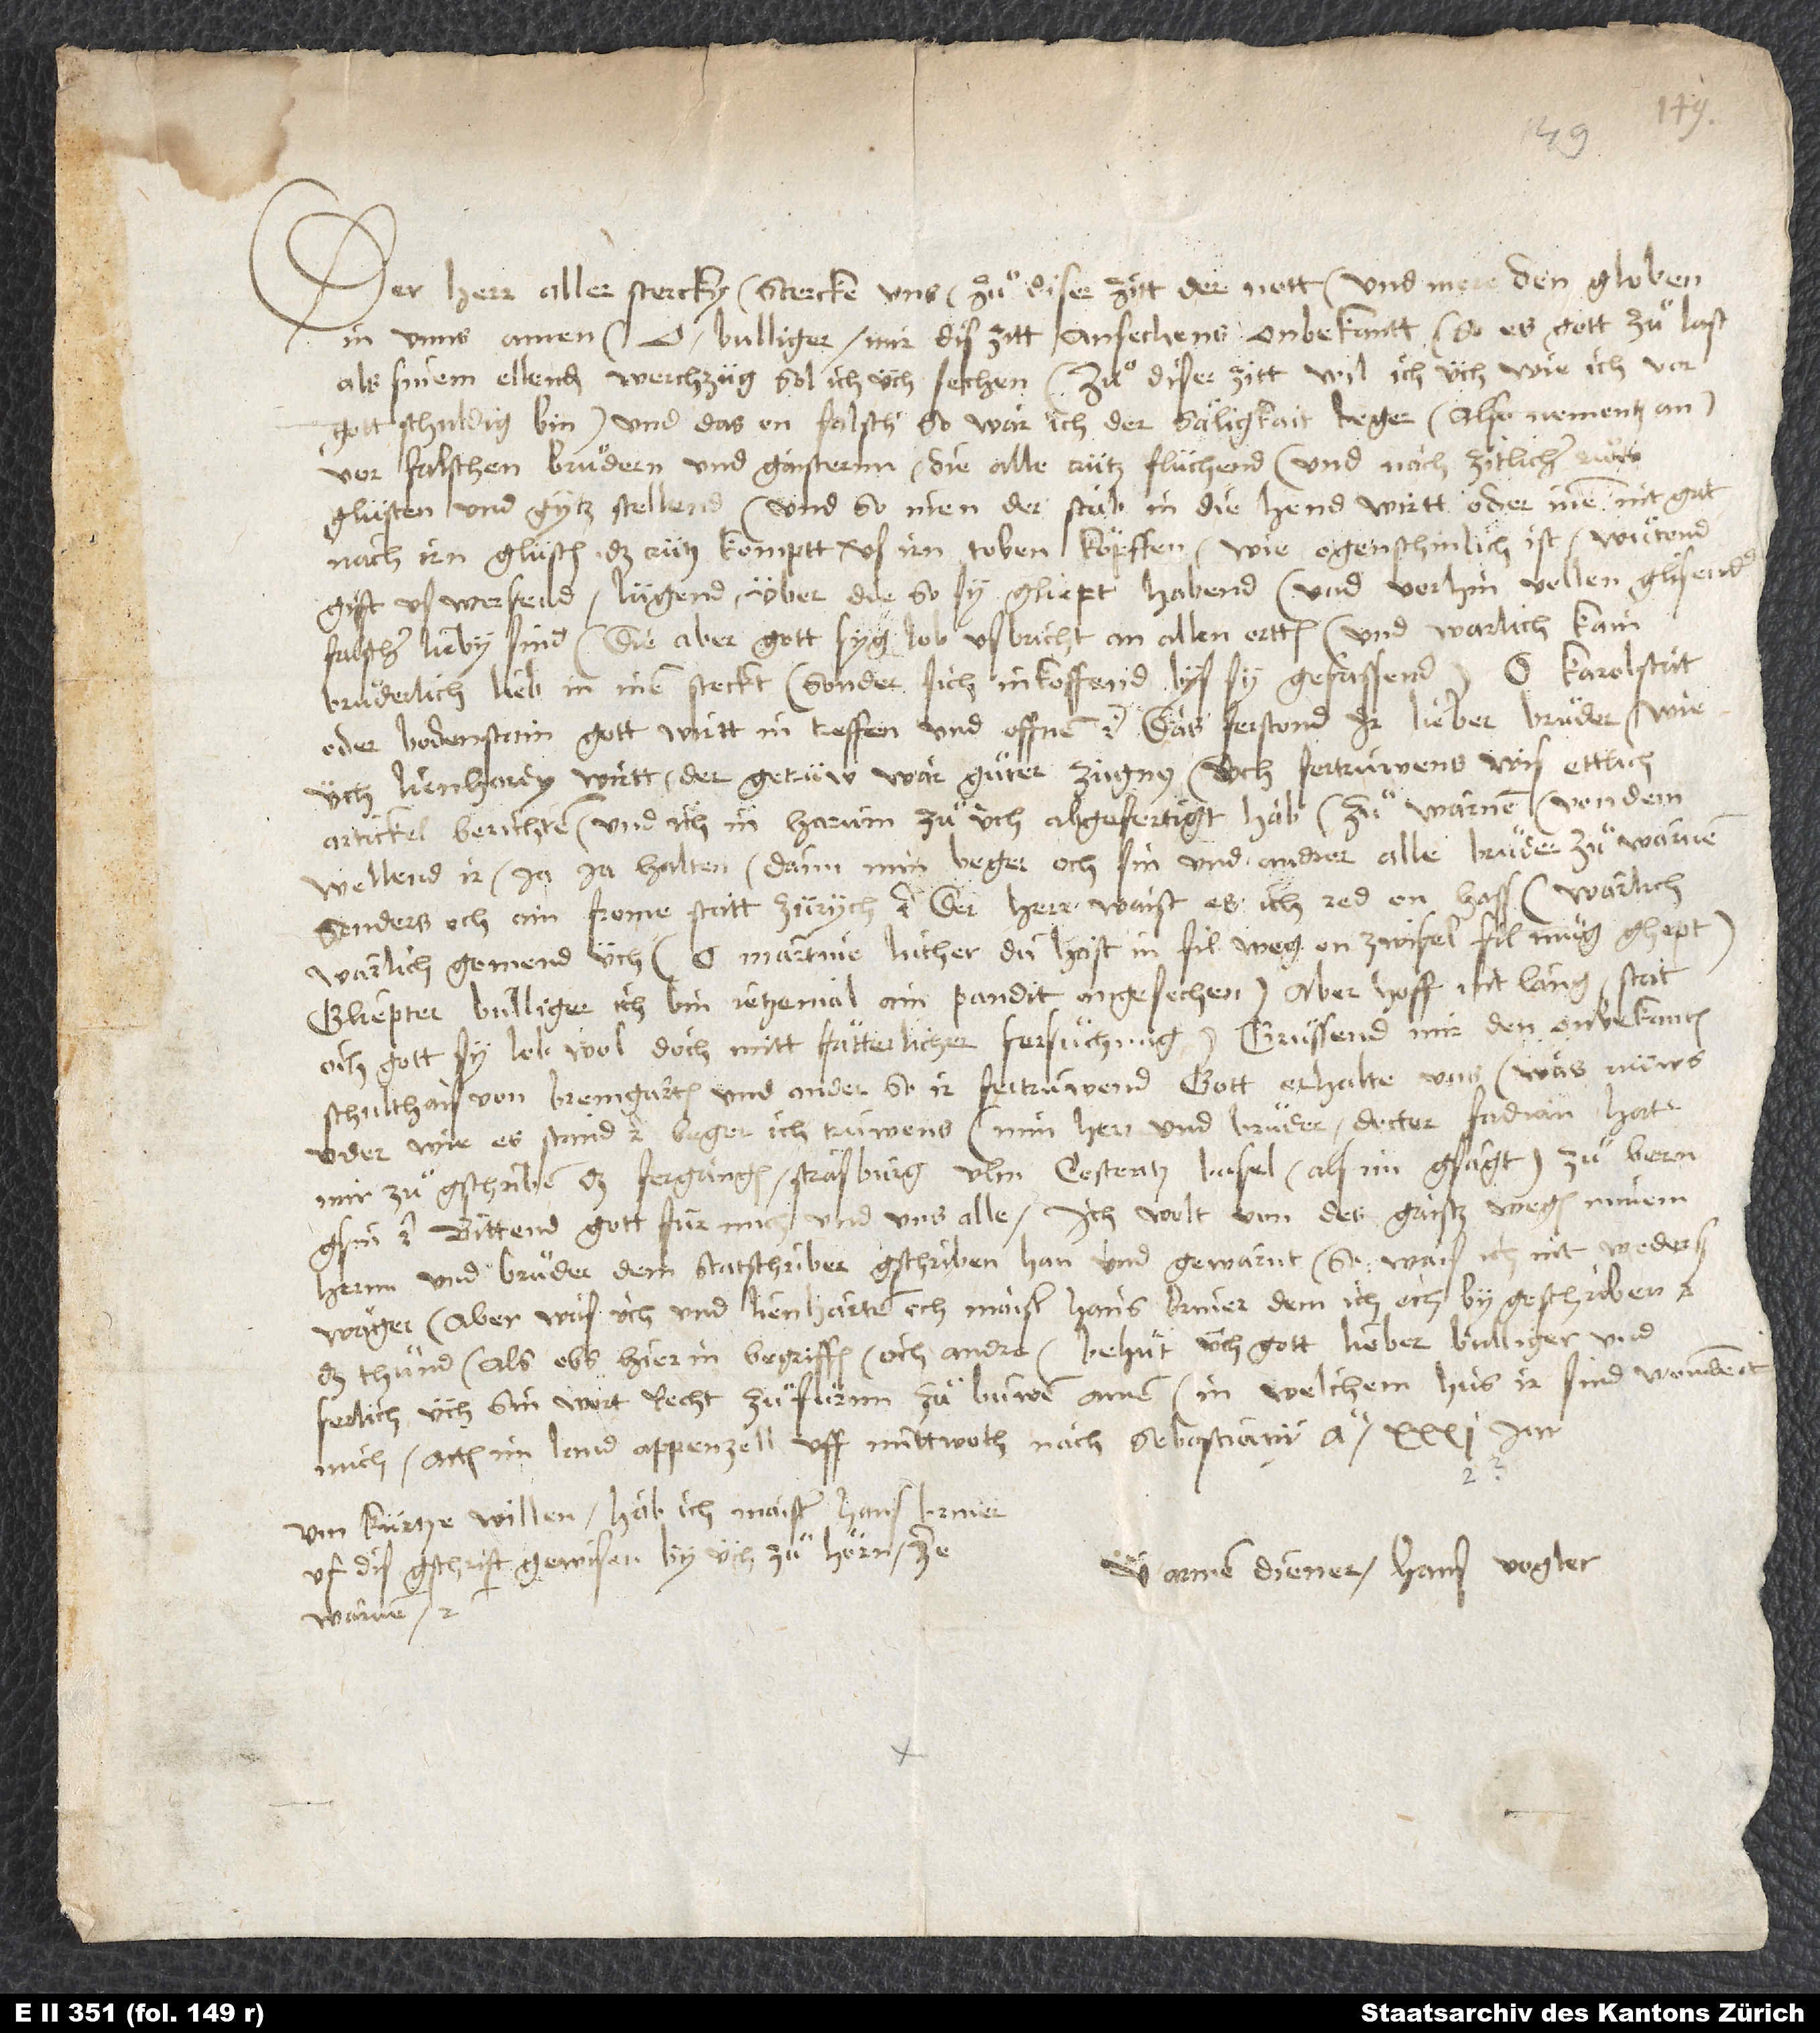
Der herr aller stercky stercke uns zuͤ diser zitt der nott und mere den globen
in unns. Amen. O Bulliger, mir dis zitt ansechens onbekantt, so eß gott zuͤlast,
als sinem ellenden werchzüg, sol ich üch sechen. Zuͤ diser zitt wil ich üch, wie ich vor
gott schuldig bin und das on falsch, so war ich der säligkait beger, also nementz an,
vor falschen bruͤdern und gaisternn, die alle crütz flüchend und nach zitlichem ruͤm,
glüsten und gytz stellend und, so inen der stab in die hend wirtt oder inen nit gat
nach irn glüsten, das crütz komptt, us irn toben köpffen - wie ogenschinlich ist - wütend
gift uswerfend, lügend über die, so sy gliept habend, und vorhin vollen glisender,
falscher lieby sind, die aber, gott syg lob, usbricht an allen ortten; und warlich kain
bruͤderlich lieb in inen steckt, sonder sich inkoffend, bys sy gefrissend. O Karolstat
oder Bodenstain, gott wirtt in treffen und offnen etc. Daß ferstond ir, lieber bruͤder, wie
üch Lienhardy Wirtt, der getrüw, war, guͤter zügny üch fertruwenß wis ettlich
artickel berichten, und ich in harum zuͤ üch abgefertigt hab zuͤ warnen. Von dem
wellend ir ja ja halten, dann min beger, och sin und andrer, alle bruͤder zuͤ warnen,
sonderß och ain frome statt Zürych etc. Der herr waist eß, ich red on hass. Warlich,
warlich, gomend üch. O Martine Luther, du hast in fil weg on zwifel fil müg ghept!
Gliepter Bulliger, ich bin jetzemal ain pandit angesechen, aber hoff, nit lang. Stat
och - gott sy lob - wol, doch mitt fätterlicher fersuͤchung. Grüssend mir den onbekanten
schulthais von Bremgarten und ander, so ir fertruwend. Gott erhalte uns! Waß nüws
oder wie es stand etc. beger ich truwenß. Min herr und bruͤder, Doctor Fadian, hat
mir zuͤ gschriben, daß fergangen Strasburg, Ulm, Costentz, Basel - als im gsagt - zu Bern
gsin etc. Bittend gott für mich und unß alle. Ich wolt von des gaistz wegen minem
hernn und bruͤder, dem statschriber, gschriben han und gewarnt; so wais ich nit weders
wäger, aber was üch und Lienharten och maister Hans Briner, dem ich och by geschriben,
das thuͤnd, als obs hierin begriffen, och andre. Behuͤt üch gott, lieber Bulliger, und
ferlich üch, sin wort recht zu fürnn, zuͤ buwen. Amen. In welchem hus ir sind, wondert
mich. Actum im land Appenzell, uff mittwoch nach Sebastiani anno 31 jar.
Um kürtze willen hab ich maister Hans Briner
uf dis gschrift gewisen, by üch zuͦ hörn, ze
Uwer armer diener Hans Vogler.
warnen etc.